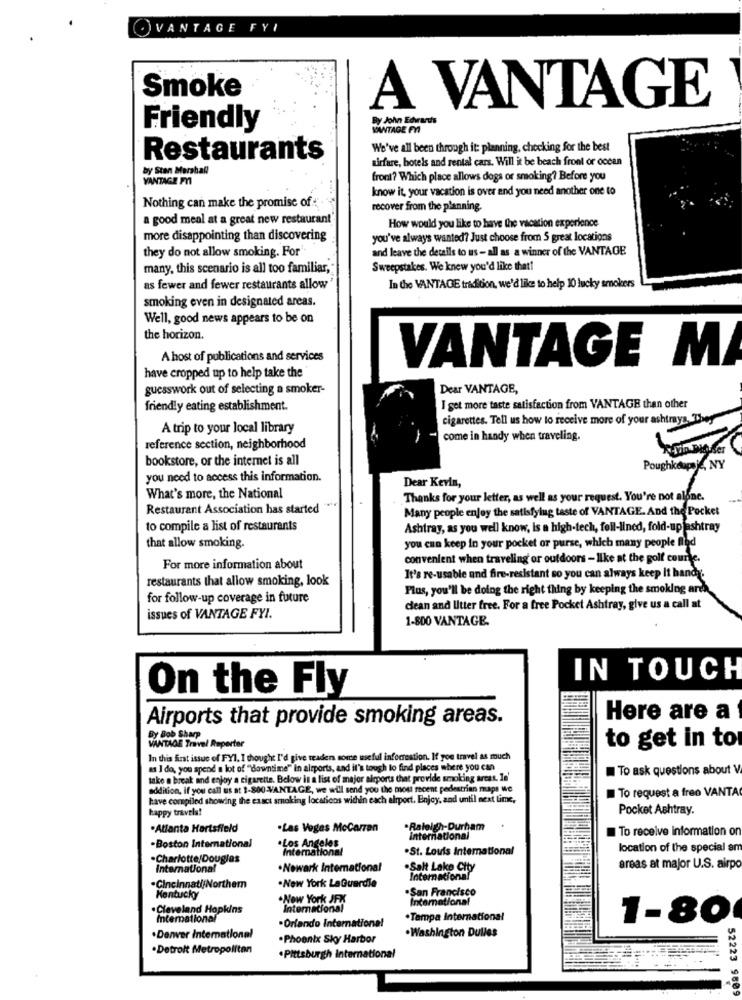
VANTAGE FYI
Smoke
A VANTAGE
By John Edwards
Friendly
VANTAGE FA
We've all been through it: planning, checking for the best
Restaurants
wirfare, hotels and rental cars. Will it be beach front or ocean
by Stan Marshal
VANTAGE P
front? Which place allows dogs or smoking? Before you
know it, your vacation is over and you need another one to
Nothing can make the promise of
recover from the planning.
a good meal at a great new restaurant
How would you like to have the vacation experience
more disappointing than discovering
you've always wanted? Just choose from 5 great locations
they do not allow smoking. For
and leave the details to us- all as a winner of the VANTAGE
many, this scenario is all too familiar,
Sweepstakes. We knew you'd like that!
as fewer and fewer restaurants allow
In the VANTAGE tradition, we'd like to help 10 lucky smokers
smoking even in designated areas.
Well, good news appears to be on
the horizon.
A host of publications and services
VANTAGE M/
have cropped up to help take the
guesswork out of selecting a smoker-
Dear VANTAGE,
friendly eating establishment.
I get more taste satisfaction from VANTAGE than other
cigarettes. Tell us how to receive more of your ashtrays They
A trip to your local library
come in handy when traveling.
reference section, neighborhood
bookstore, or the internet is all
Poughkeepsie, NY
you need to access this information.
Dear Kevin,
What's more, the National
Thanks for your letter, as well as your request. You're not alone.
Restaurant Association has started
Many people enjoy the satisfylug taste of VANTAGE. And the Pocket
to compile a list of restaurants
Ashtray, as you well know, Is a high-tech, fell-lined, fold-upjashtray
you can keep in your pocket or purse, which many people find
that allow smoking.
convenient when traveling' or outdoors - like at the golf course.
For more information about
restaurants that allow smoking, look
It's re-usable and fire-resistant so you can always keep It handy.
Plus, you'll be doing the right thing by keeping the smoking arch
for follow-up coverage in future
clean and Utter free. For a free Pocket Ashtray, give us a call at
issues of VANTAGE FYI.
1-800 VANTAGE.
IN TOUCH
On the Fly
Airports that provide smoking areas.
Here are a
By Bob Sharp
WANTAOE Travel Reporter
to get in to
In this first issue of FYI. I thought I'd give readers some useful infocrestion. If you travel as much
as I do, you spend a lot of "downtime" in airports, and it's tough to find places where you can
To ask questions about V
take a break and enjoy a cigarette. Below in a list of major aleports that provide smoking arcat. In'
addition, if you call us at 1-800-VANTAGE, we will send you the most recent pedestrian maps we
To request a free VANTA
have compiled showing the exact smoking locations within each airport. Enjoy, and until next Lime,
happy travels!
Pocket Ashtray.
.Atlanta Hartsfield
Las Vegas McCarran
.Raleigh-Durham
To receive information on
-Boston International
.Los Angeles
International
International
.St. Louis International
location of the special am
·Charlotte Dougles
International
.Newark International
·Salt Lake City
areas at major U.S. airpo
.Cincinnati/Northem
International
.New York LaGuerdie
·San Francisco
Kentucky
.New York JFX
International
. Cleveland Hopkins
International
International
.Tampa International
1-80
·Orlando International
. Washington Dulles
·Denver International
.Phoenix Sky Harbor
. Detroit Metropolitan
. Pittsburgh international
52223 96